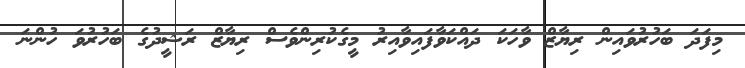
މިފަދަ ބަހުރުވައިން ރިޔާޒް ވާހަކަ ދައްކަވާފައިވާއިރު މީގެކުރިންވެސް ރިޔާޒް ރަޝީދުގެ ބަހުރުވަ ހުންނަ